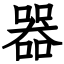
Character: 器